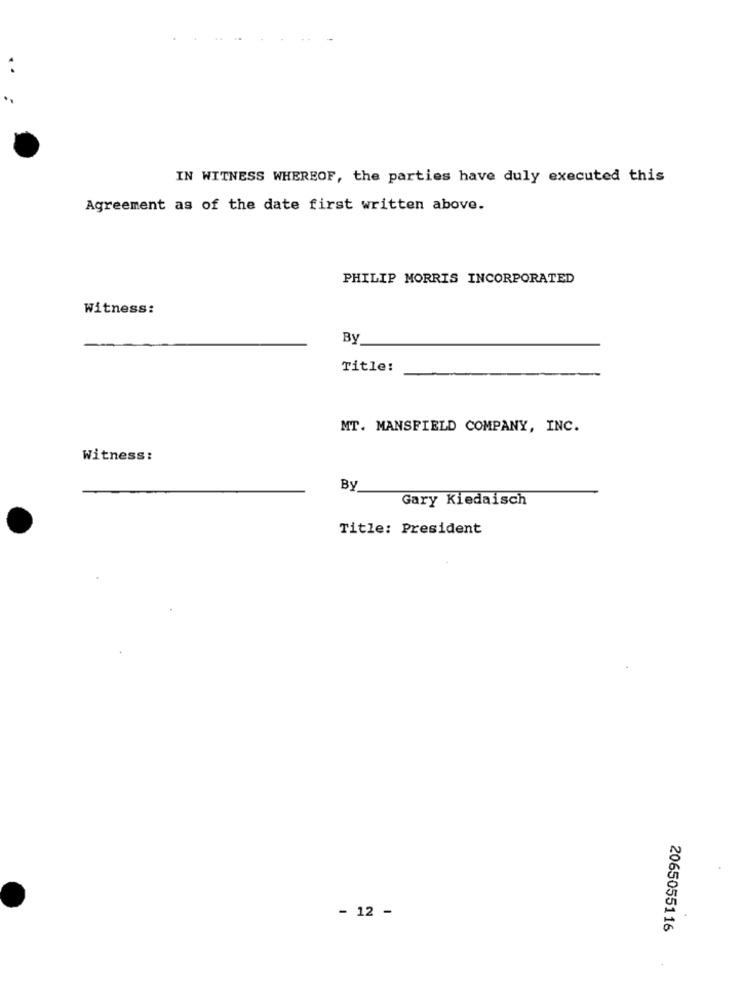
IN WITNESS WHEREOF, the parties have duly executed this
Agreement as of the date first written above.
PHILIP MORRIS INCORPORATED
Witness:
By
Title:
MT. MANSFIELD COMPANY, INC.
Witness:
By
Gary Kiedaisch
Title: President
- 12 -
2065055116